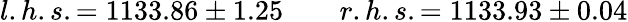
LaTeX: l.h.s.=1133.86\pm 1.25\qquad r.h.s.=1133.93\pm 0.04